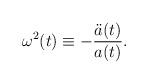
LaTeX: \begin{align*}\omega^2 (t) \equiv - \frac{{\ddot a}(t)}{a (t)}.\end{align*}